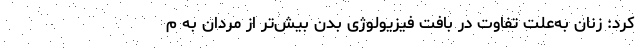
کرد: زنان به‌علت تفاوت در بافت فیزیولوژی بدن بیش‌تر از مردان به م